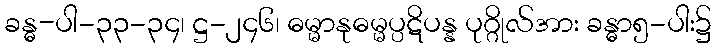
ခန္ဓ-ပါ-၃၃-၃၄၊ ဋ္ဌ-၂၄၆၊ ဓမ္မာနုဓမ္မပ္ပဋိပန္န ပုဂ္ဂိုလ်အား ခန္ဓာ၅-ပါး၌